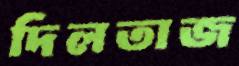
দিলতাজ